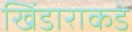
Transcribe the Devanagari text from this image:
खिंडाराकडे